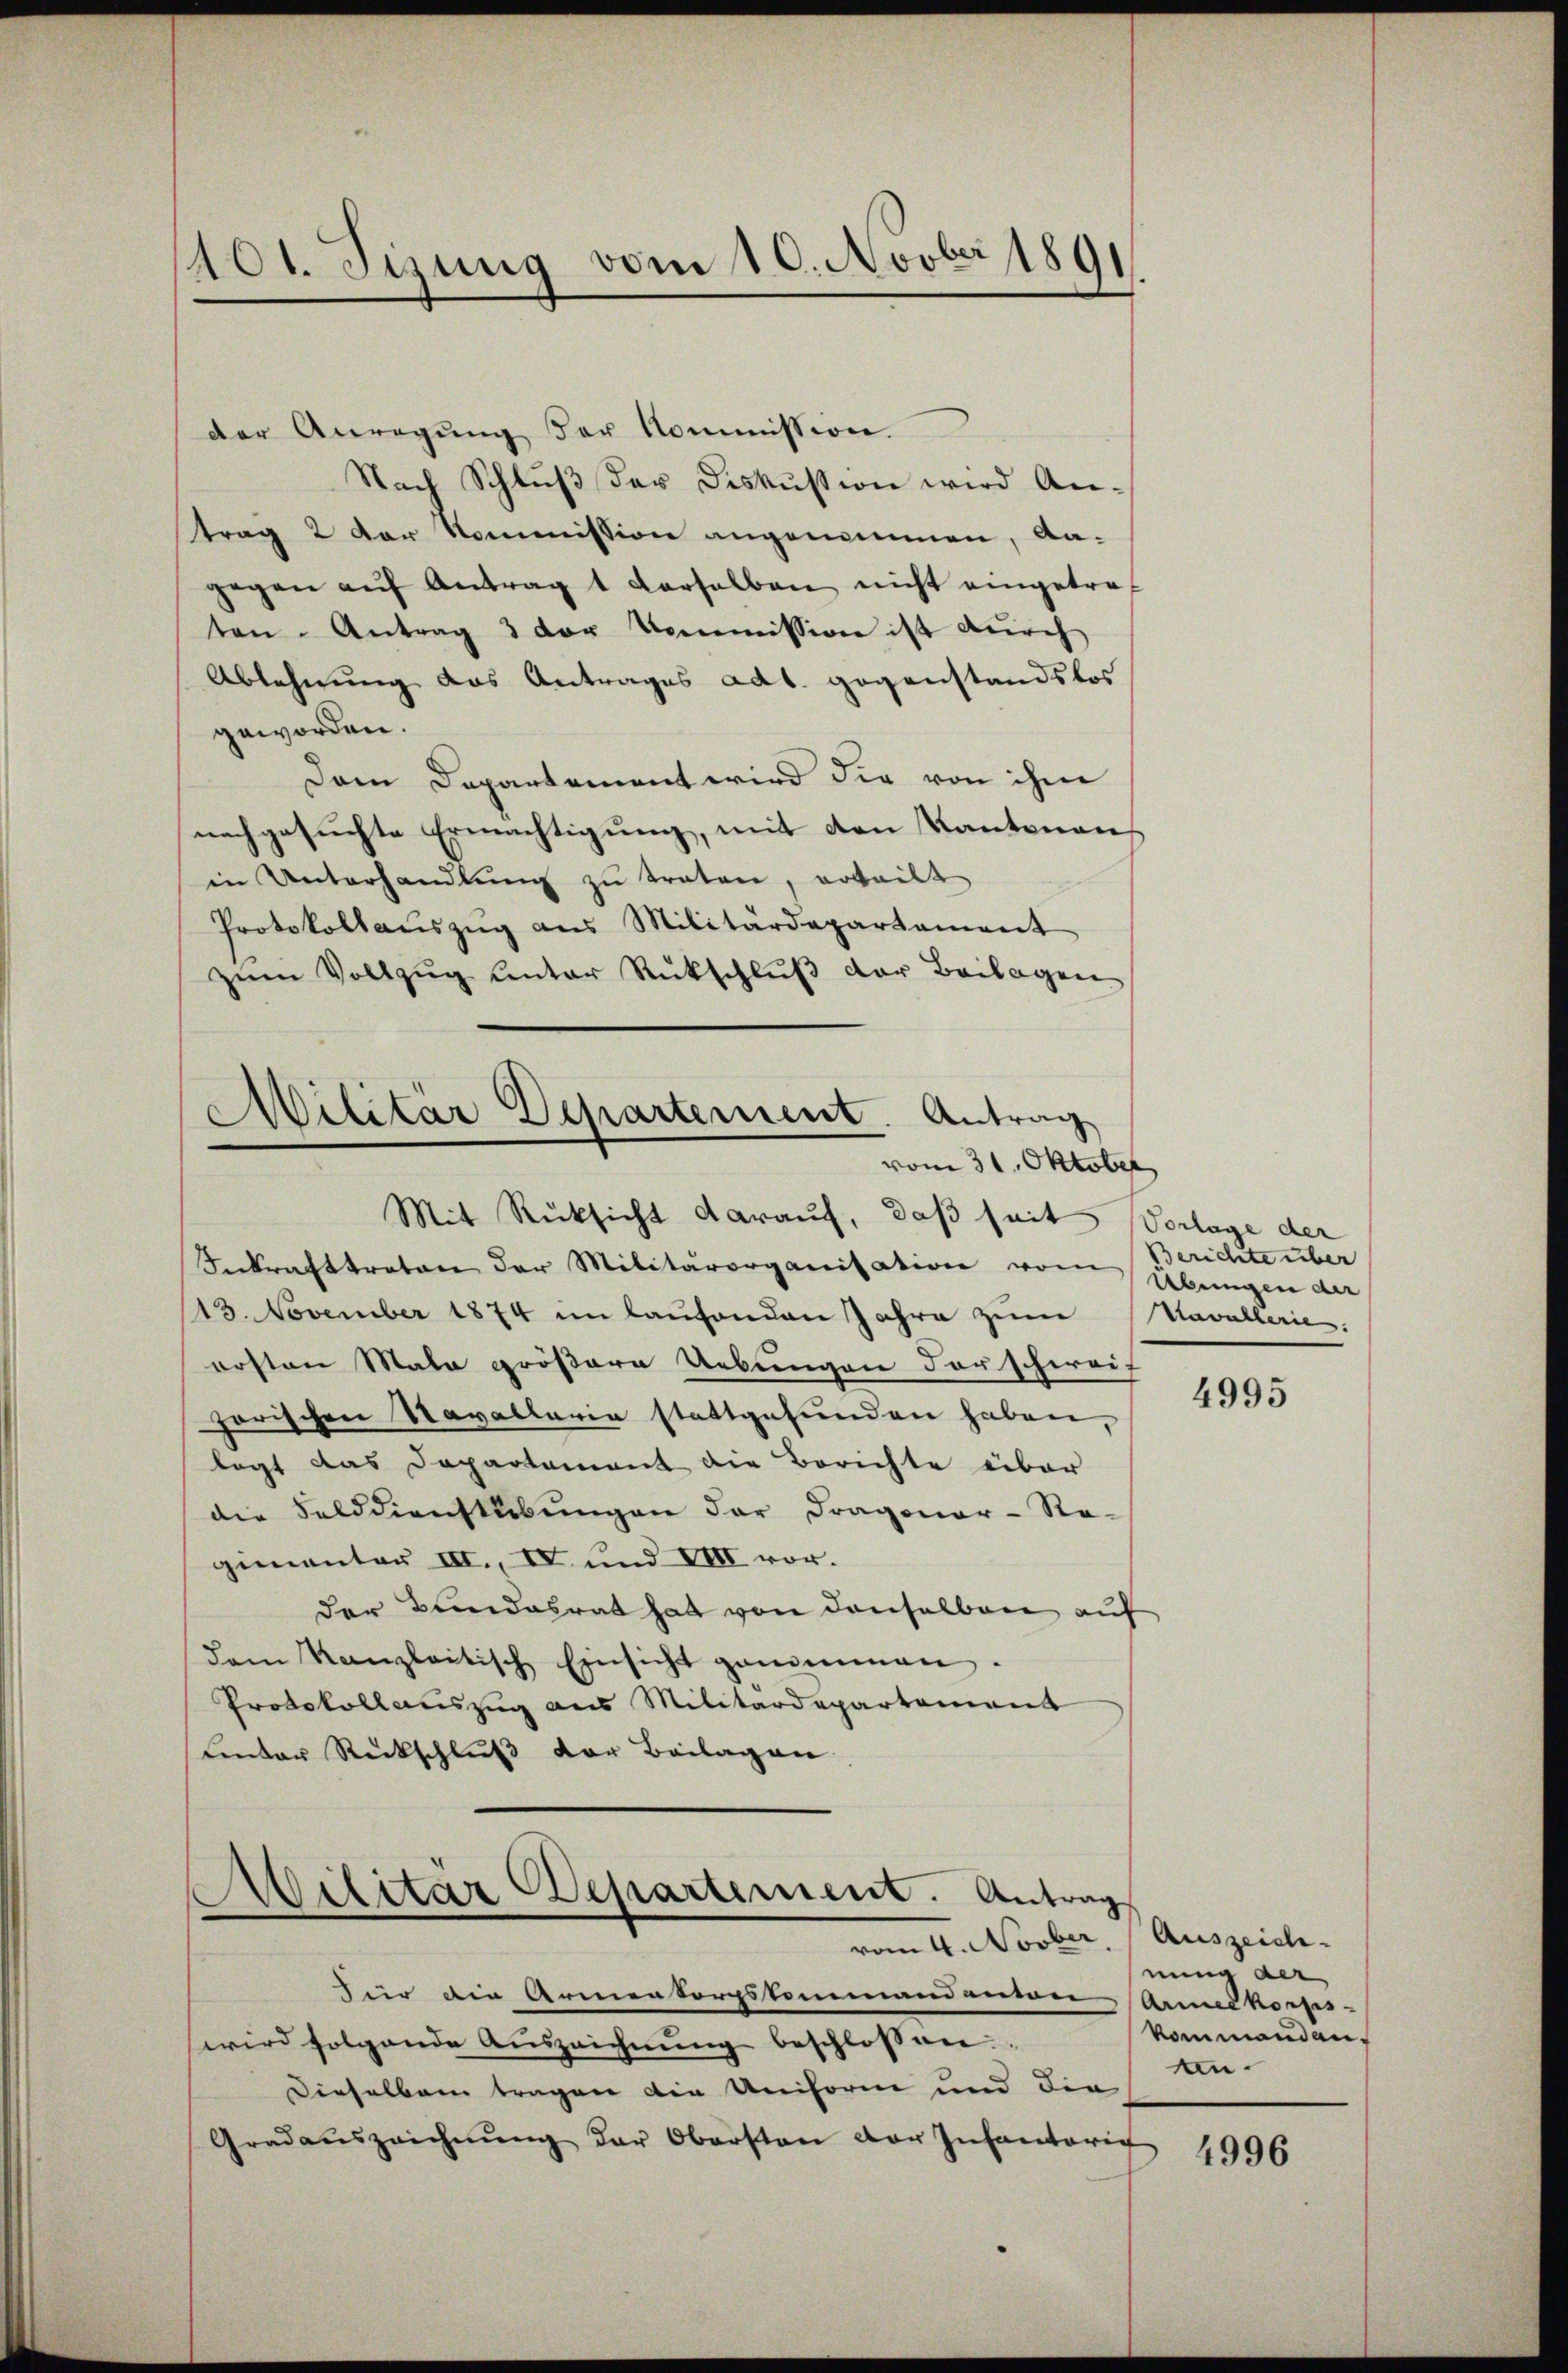
1101. Sizung vom 10. Novber 189

der Anregung der Kommission.
Nach Schlŭβ der Diskussion wird Antrag 2 der Kommission angenommen, da-
gegen aŭf Antrag 1 derselben nicht eingetref
ten. Antrag 3 der Commission ist durch
Ablehnung das Antrages ad1. gegenstandslos
geworden.
Dem Departement wird die von ihm
nachgesuchte Ermächtigung, mit den Kantonau
in Unterhandlŭng zu traten, erteilt
Protokollaŭszŭg ans Militärdepartament
zŭm Vollzŭg ŭnter Rückschlŭβ der Beilagen

Militär Departement. Antrag
vom 31. Oktober

Mit Rücksicht darauf, daß seit Vorlage der
Inkrafttreten der Militärorganisation von Übungen der
13. November 1874 im laufenden Jahre zum Kavallerie.
ersten Mala größere Uebungen der schweif
zarischen Navallaria stattgefunden haben,
legt das Departement die Berichte über
die Felddienstlebungen der Dragoner-Ra-
gimenter III., IV und VIII vor.
der Bundesrat hat von denselben auf
dem Kanzleitisch Einsicht genommen.
Protokollauszug aus Militärdepartement
unter Rückschluß der Beilagen

Wilitär Departement. Antrag
.
vom 4. Novber Auszeich-

Berichte über

Für die Armenkorpskommandanton Annelkorps-
wird folgende Auszeichnŭng beschlossen
Dieselben tragen die Uniform und die
Gradauszeichnŭng der Obersten der Infantorit

4995

hnung der
kommandan
an.

4996